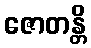
ဇောတန္တိ